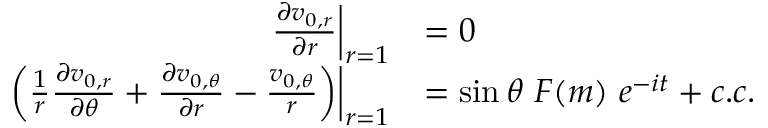
\begin{array} { r l } { \left. \frac { \partial v _ { 0 , r } } { \partial r } \right| _ { r = 1 } } & { = 0 } \\ { \left. \left( \frac { 1 } { r } \frac { \partial v _ { 0 , r } } { \partial \theta } + \frac { \partial v _ { 0 , \theta } } { \partial r } - \frac { v _ { 0 , \theta } } { r } \right) \right| _ { r = 1 } } & { = \sin { \theta } ~ F ( m ) ~ e ^ { - i t } + c . c . } \end{array}